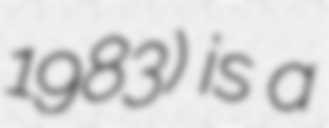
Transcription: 1983) is a